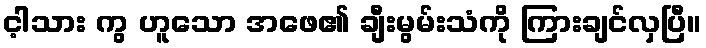
င့ါသား ကွ ဟူသော အဖေ၏ ချီးမွမ်းသံကို ကြားချင်လှပြီ။